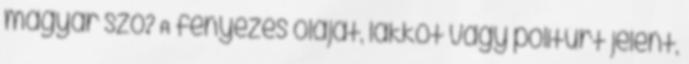
magyar szó? A fényezés olajat, lakkot vagy politúrt jelent,